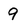
Character: 9